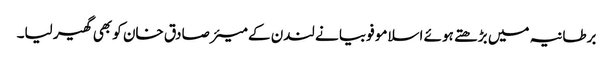
برطانیہ میں بڑھتے ہوئے اسلامو فوبیا نے لندن کے میئر صادق خان کو بھی گھیر لیا۔